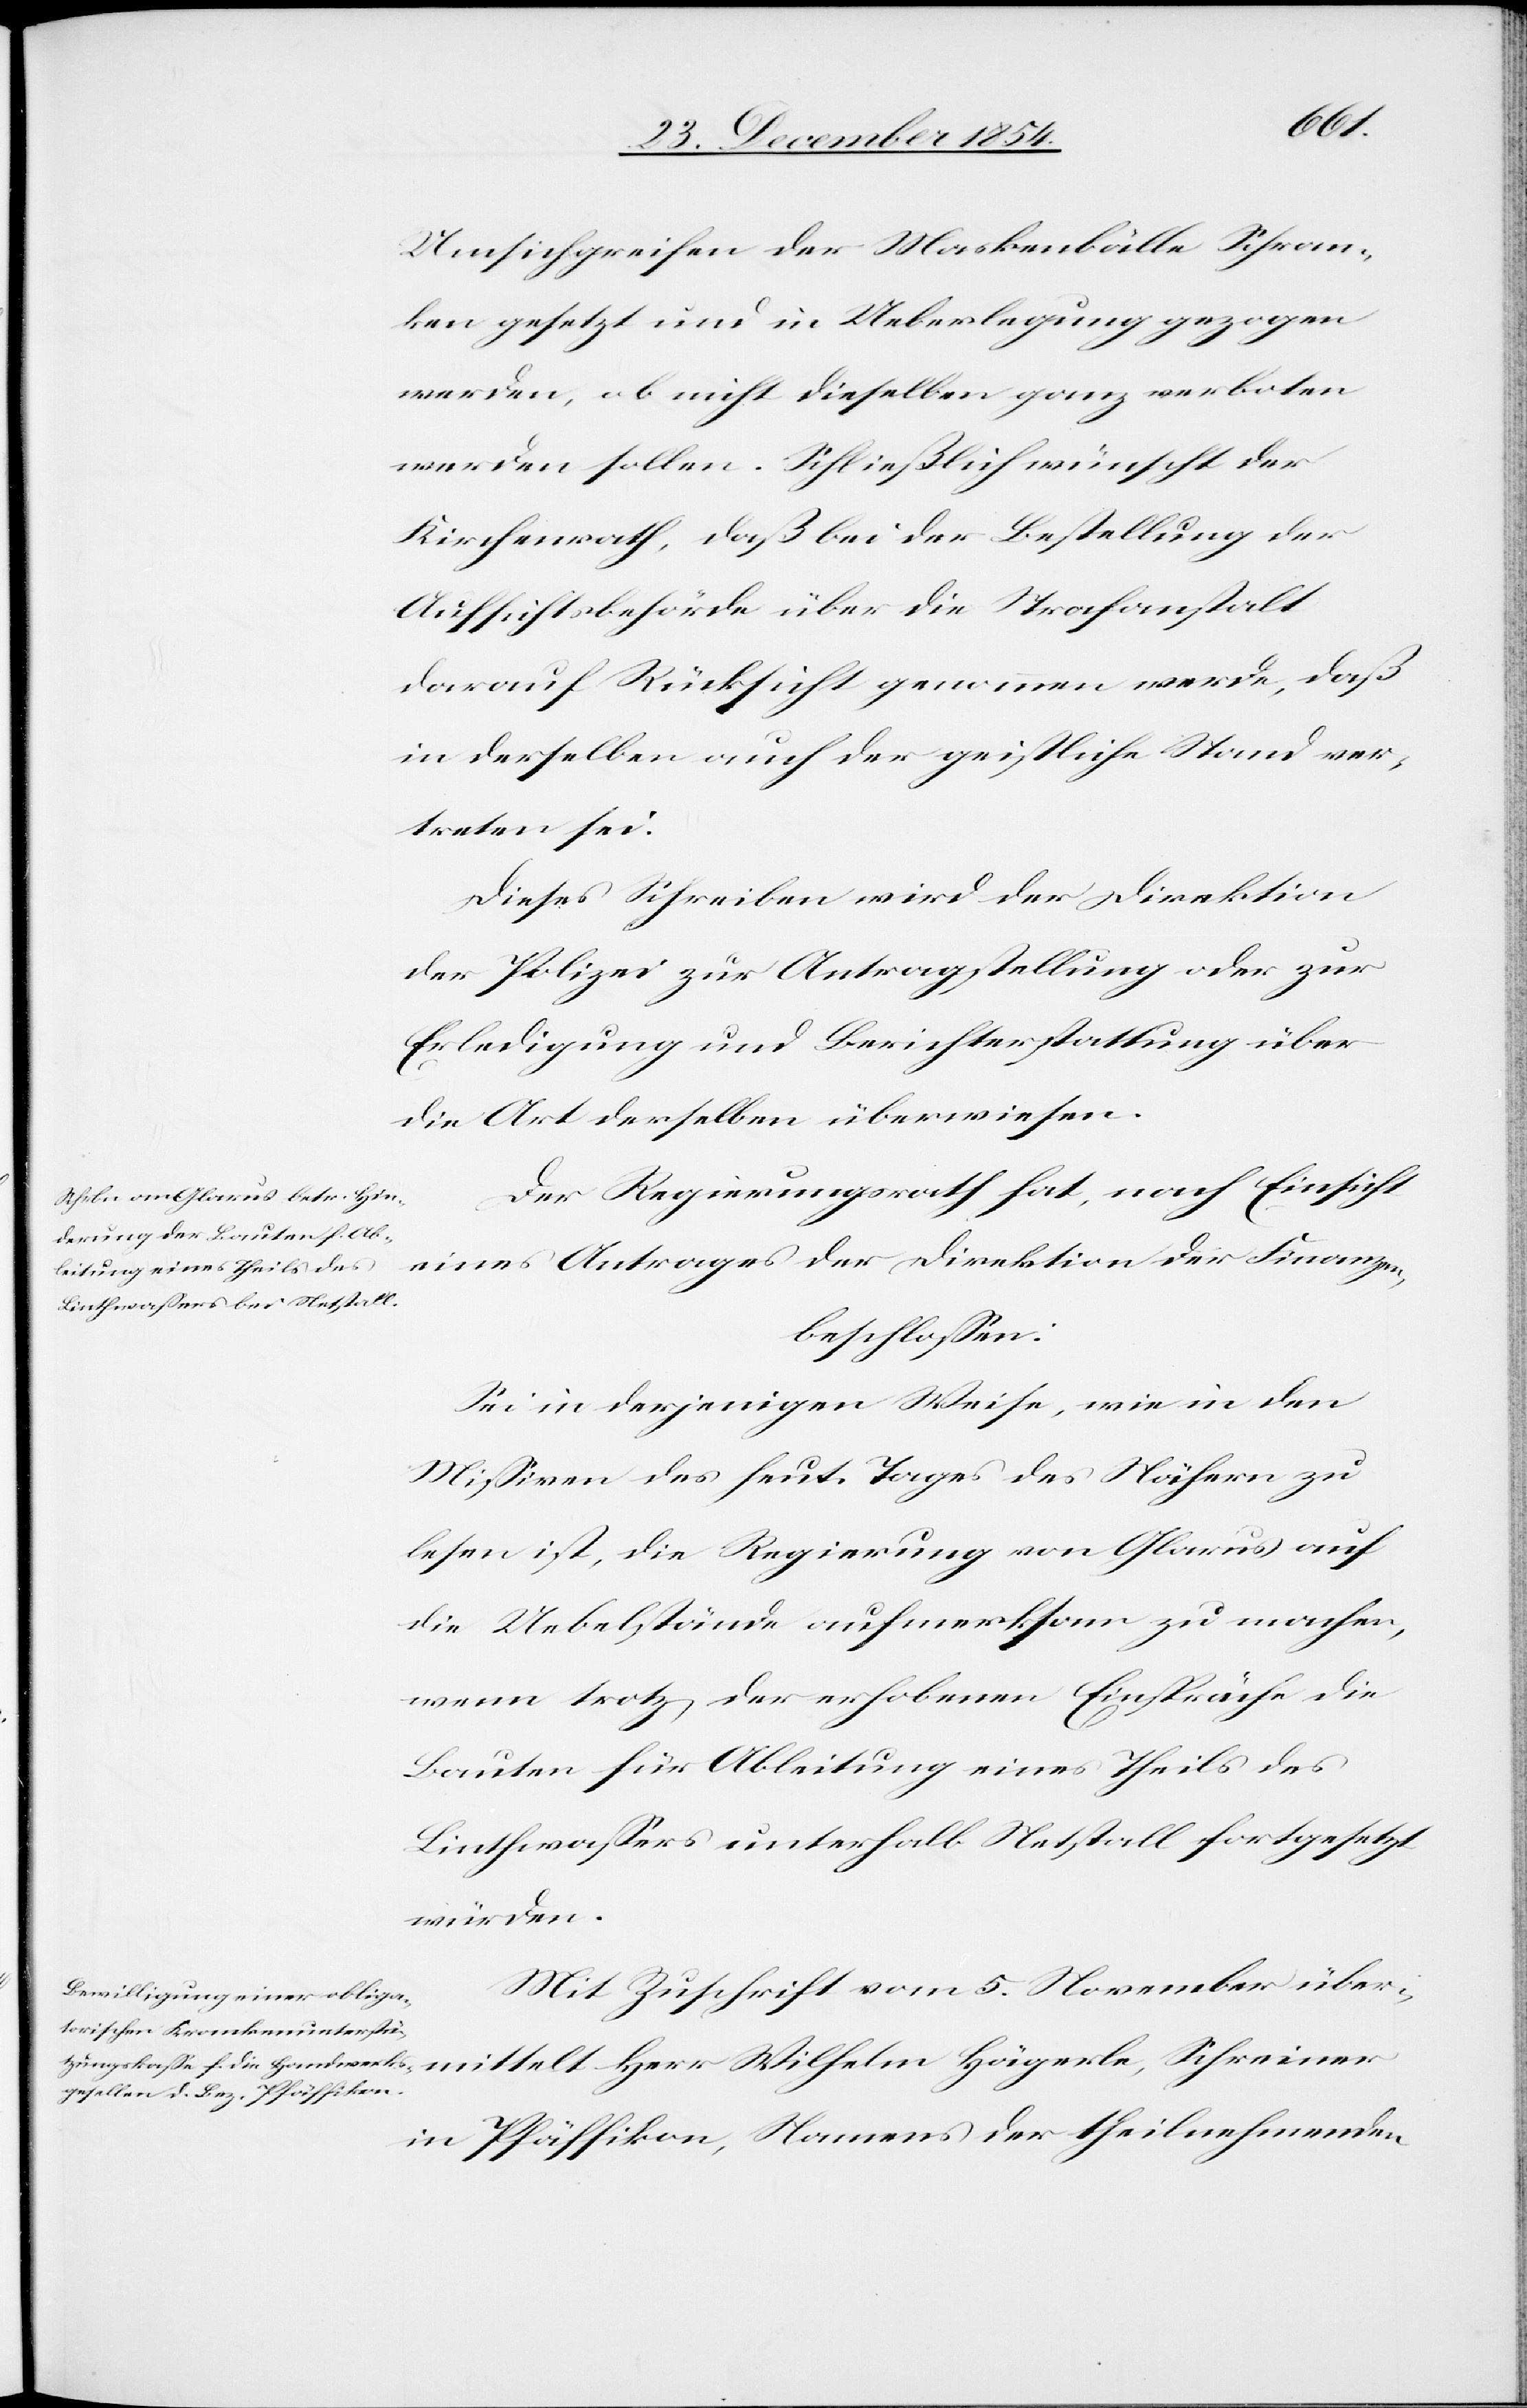
mittelt
Umsichgreifen der Maskenbälle Schran¬
ken gesetzt und in Ueberlegung gezogen
werden, ob nicht dieselben ganz verboten
werden sollen. Schließlich wünscht sich
Kirchenrath, daß bei der Bestellung der
Aufsichtsbehörde über die Strafanstalt
darauf Rücksicht genommen werde, daß
in derselben auch der geistliche Stand ver¬
treten sei.
Dieses Schreiben wird der Direktion
der Polizei zur Antragstellung oder zur
Erledigung und Berichterstattung über
die Art derselben überwiesen.
Der Regierungsrath hat, nach Einsicht
eines Antrages der Direktion der Finanzen,
beschloßen:
Sei in derjenigen Weise, wie in den
Mißiven des heut. Tages des Nähern zu
lesen ist, die Regierung von Glarus auf
die Uebelstände aufmerksam zu machen,
wenn trotz der erhobenen Einsprüche die
Bauten für Ableitung eines Theils des
Linthwaßers unterhalb Netstall fortgesetzt
würden.
Mit Zuschrift vom 5. November über¬
in Pfäffikon, Namens der theilnehmenden